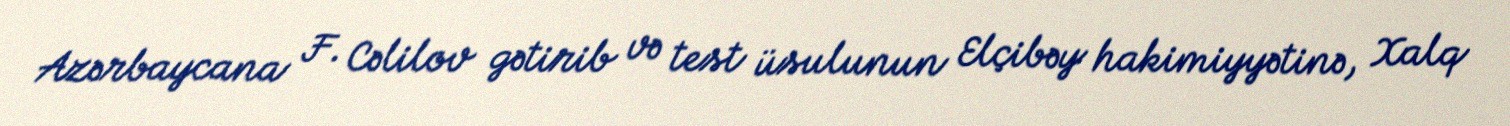
Azərbaycana F. Cəlilov gətirib və test üsulunun Elçibəy hakimiyyətinə, Xalq